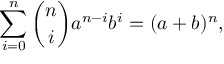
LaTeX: \sum _ { i = 0 } ^ { n } { \binom { n } { i } } a ^ { n - i } b ^ { i } = ( a + b ) ^ { n } ,